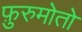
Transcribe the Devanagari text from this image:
फ़ुरुमोतो